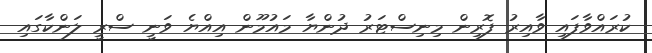
ކުރައްވާފައި ވާއިރު ފޮރިން މިނިސްޓަރު ދުންޔާ މައުމޫން އިއްޔެ ވަނީ ސްރީ ލަންކާގައި